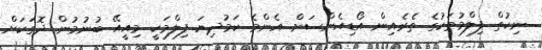
ނިކުތް ފިލްމުތަކުގެ ތެރެއިން އޯޑިއެންސަށް އެންމެ ކަމުދިޔަ ފިލްމަކީ މިއީއޭ ބުނުމުން ދޮގަކަށް